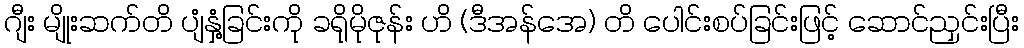
ဂျီး မျိုးဆက်တိ ပျံနှံ့ခြင်းကို ခရိုမိုဇုန်း ဟိ (ဒီအန်အေ) တိ ပေါင်းစပ်ခြင်းဖြင့် ဆောင်ညှင်းပြီး